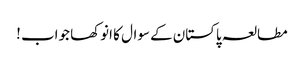
مطالعہ پاکستان کے سوال کا انوکھا جواب !